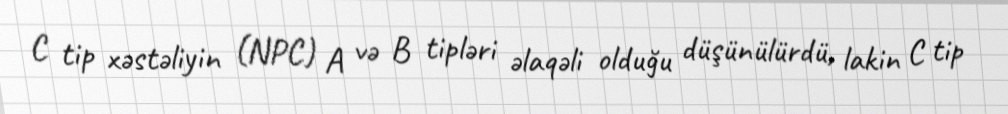
C tip xəstəliyin (NPC) A və B tipləri əlaqəli olduğu düşünülürdü, lakin C tip